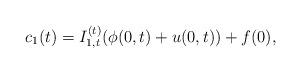
LaTeX: \begin{align*}{c_1}(t) = I_{1,t}^{(t)}(\phi (0,t) + u(0,t)) + f(0),\end{align*}